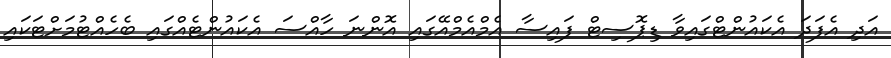
އަދި އެފަދަ އެކައުންޓްގައިވާ ޑިޕޮސިޓް ފައިސާ އެމްއެމްއޭގައި އޮންނަ ހާއްސަ އެކައުންޓެއްގައި ބެހެއްޓުމަށްޓަކައި